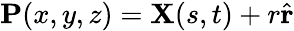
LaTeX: \mathbf{P}(x,y,z)=\mathbf{X}(s,t)+r\hat{\mathbf{r}}